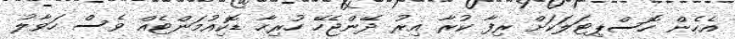
އެހެން ހޮސްޕިޓަލަކަށް ރިފާ ކުރާ އިރު ދޭންޖެހޭ ހުރިހާ ޑޮކިއުމަންޓެއް ވެސް ހަވާލު